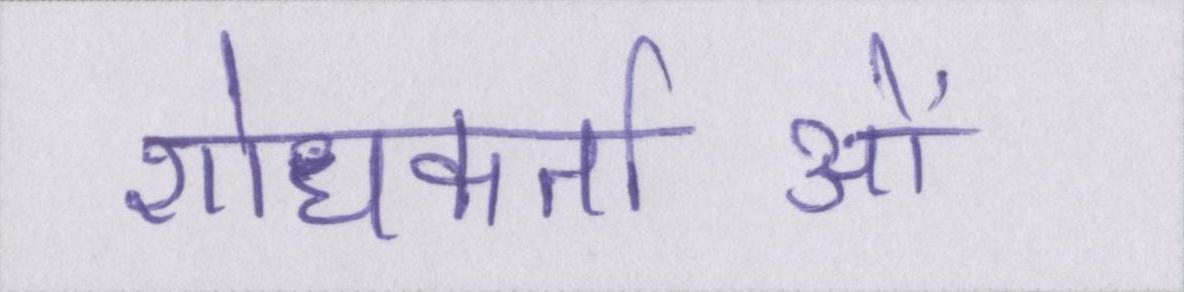
शोधकर्ताओं